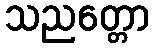
သညတ္တော